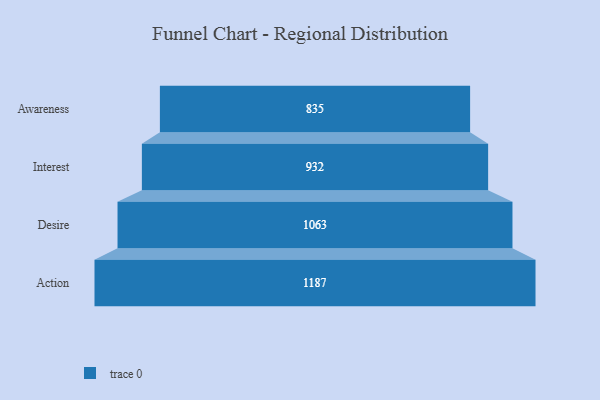
{"axis": {"x": "Stage", "y": "Value"}, "legend": [""], "data": [{"x": "Awareness", "y": 835.0, "type": ""}, {"x": "Interest", "y": 932.0, "type": ""}, {"x": "Desire", "y": 1063.0, "type": ""}, {"x": "Action", "y": 1187.0, "type": ""}]}